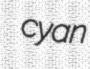
cyan